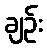
ချဉ်း